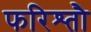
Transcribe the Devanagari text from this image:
फरिश्तौ